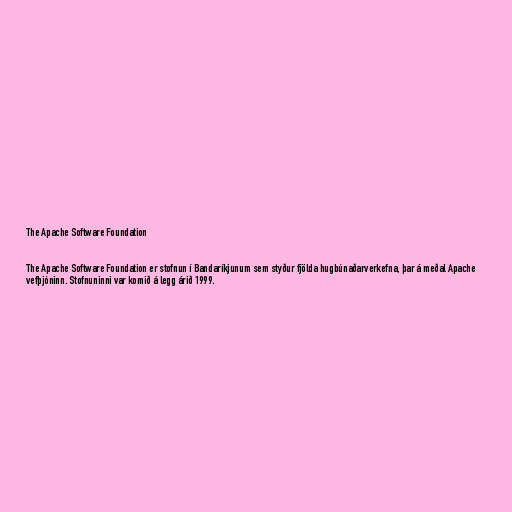
The Apache Software Foundation

The Apache Software Foundation er stofnun í Bandaríkjunum sem styður fjölda hugbúnaðarverkefna, þar á meðal Apache
vefþjóninn. Stofnuninni var komið á legg árið 1999.